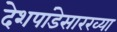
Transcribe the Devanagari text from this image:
देशपांडेसारख्या